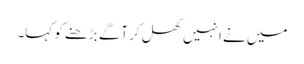
میں نے انہیں کھل کر آگے بڑھنے کو کہا۔